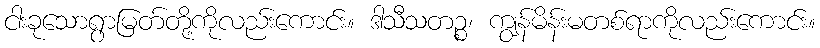
ငါးခုသောရွာမြတ်တို့ကိုလည်းကောင်း။ ဒါသီသတဉ္စ၊ ကျွန်မိန်းမတစ်ရာကိုလည်းကောင်း။